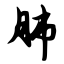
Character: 肺